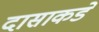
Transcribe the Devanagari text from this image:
दासाकडे